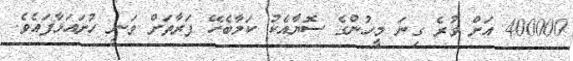
400000 އަށް ވުރެ ގިނަ މީހުންގެ ސޮޔާއެކު ކަމާބެހޭ ފަރާތަށް ވަނީ ހުށައަޅާފައެވެ.